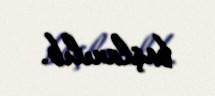
başlanılıb.